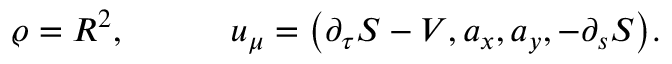
\varrho = R ^ { 2 } , \qquad \quad u _ { \mu } = { \left( \partial _ { \tau } S - V , a _ { x } , a _ { y } , - \partial _ { s } S \right) } .